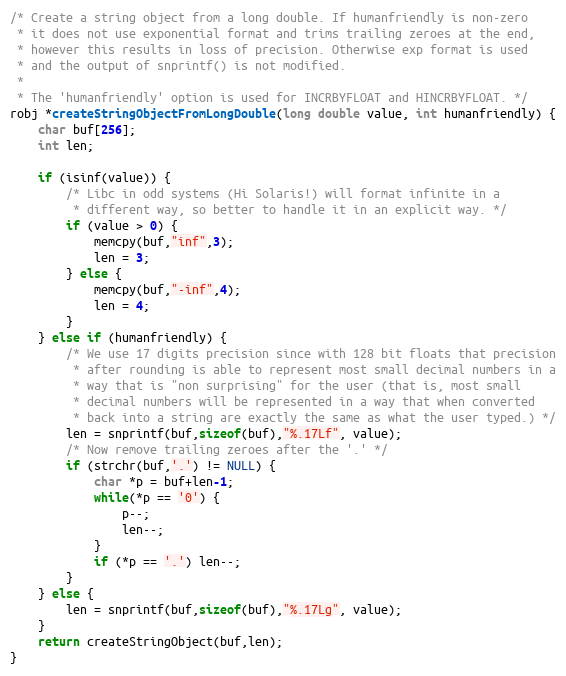
Language: C
/* Create a string object from a long double. If humanfriendly is non-zero
 * it does not use exponential format and trims trailing zeroes at the end,
 * however this results in loss of precision. Otherwise exp format is used
 * and the output of snprintf() is not modified.
 *
 * The 'humanfriendly' option is used for INCRBYFLOAT and HINCRBYFLOAT. */
robj *createStringObjectFromLongDouble(long double value, int humanfriendly) {
    char buf[256];
    int len;

    if (isinf(value)) {
        /* Libc in odd systems (Hi Solaris!) will format infinite in a
         * different way, so better to handle it in an explicit way. */
        if (value > 0) {
            memcpy(buf,"inf",3);
            len = 3;
        } else {
            memcpy(buf,"-inf",4);
            len = 4;
        }
    } else if (humanfriendly) {
        /* We use 17 digits precision since with 128 bit floats that precision
         * after rounding is able to represent most small decimal numbers in a
         * way that is "non surprising" for the user (that is, most small
         * decimal numbers will be represented in a way that when converted
         * back into a string are exactly the same as what the user typed.) */
        len = snprintf(buf,sizeof(buf),"%.17Lf", value);
        /* Now remove trailing zeroes after the '.' */
        if (strchr(buf,'.') != NULL) {
            char *p = buf+len-1;
            while(*p == '0') {
                p--;
                len--;
            }
            if (*p == '.') len--;
        }
    } else {
        len = snprintf(buf,sizeof(buf),"%.17Lg", value);
    }
    return createStringObject(buf,len);
}